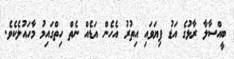
ބީއްސާލާ ރާޅުގެ އަޑު ފިޔަވައި އިތުރު އެހެން އަޑެއް ނެތް ހިތްގައިމު މާހައުލެކެވެ.